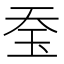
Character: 𤤋